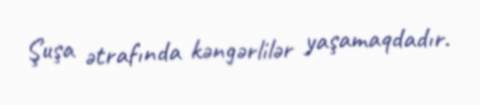
Şuşa ətrafında kəngərlilər yaşamaqdadır.